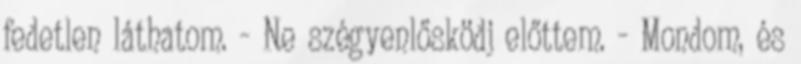
fedetlen láthatom. - Ne szégyenlősködj előttem. - Mondom, és